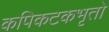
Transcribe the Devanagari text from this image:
कपिकटकभृतो